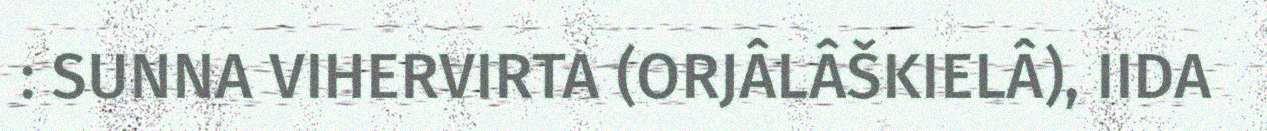
: SUNNA VIHERVIRTA (ORJÂLÂŠKIELÂ), IIDA